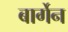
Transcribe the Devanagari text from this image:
बार्गेन